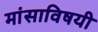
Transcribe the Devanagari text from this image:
मांसाविषयी